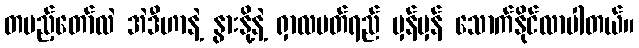
တပည့်တော်လဲ အဲဒီဟာနဲ့ နွားနို့နဲ့ ရှာလပတ်ရည် မှန်မှန် သောက်နိုင်လာပါတယ်။